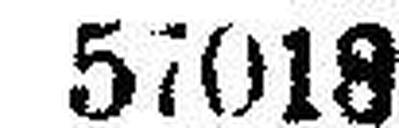
57018